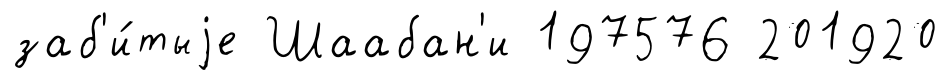
заб'и́тыjе Шаабан'и 197576 201920